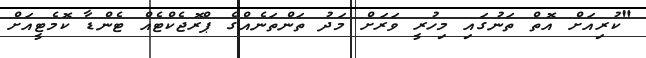
"ކުރިއަށް އޮތް ތަނުގައި މިހުރީ ވަރަށް މަދު ތަންތަނެއްގެ ޕްރޮޖެކްޓެއް ޓެންޑާ ކޮމެޓީއަށް